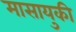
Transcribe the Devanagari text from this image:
मासायुकी